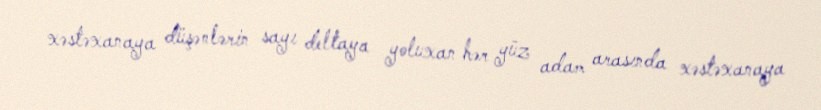
xəstəxanaya düşənlərin sayı deltaya yoluxan hər yüz adam arasında xəstəxanaya